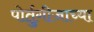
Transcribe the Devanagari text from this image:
पोर्तुगीजाच्या